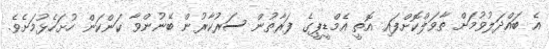
އެ ބައްދަލުވުމަށް ތާވަލްކޮށްފައި އޮތީ އެމްޑީޕީގެ ފަރާތުން ސަރުކާރުން ބޭނުންވާ ކަންކަން ހުށަހެޅުމަށެވެ.